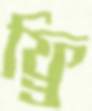
ফ্র্রি